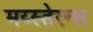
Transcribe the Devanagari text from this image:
मय्स्तेरन्स